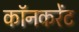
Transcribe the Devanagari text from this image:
कॉनकरेंट